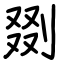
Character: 剟